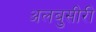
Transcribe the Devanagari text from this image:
अलबुसीरी